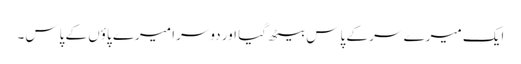
ایک میرے سر کے پاس بیٹھ گیا اور دوسرا میرے پاؤں کے پاس۔